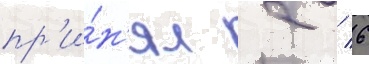
пр'и́н'ял 2 / 6